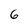
Character: 6